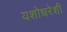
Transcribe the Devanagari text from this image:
यशोधरेशी